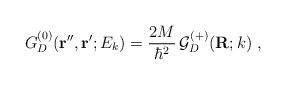
LaTeX: \begin{align*}G^{(0)}_{D}({\bf r''},{\bf r'} ; E_{k}) = \frac{2M}{\hbar^{2}}\,{\mathcal G}^{(+)} _{D} ({\bf R}; k) \; ,\end{align*}